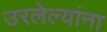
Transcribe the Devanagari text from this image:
उरलेल्यांना